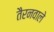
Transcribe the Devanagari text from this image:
तैरनवाले